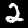
Label: 2